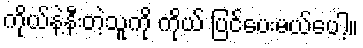
ကိုယ်နဲ့နီးတဲ့သူကို ကိုယ် ပြင်ပေးမယ်ပေါ့။